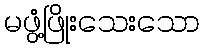
မဖွံ့ဖြိုးသေးသော